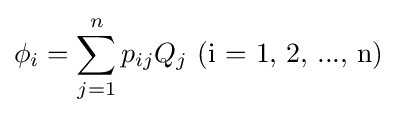
\phi _{i}=\sum _{j=1}^{n}p_{ij}Q_{j}{\mbox{ (i = 1, 2, ..., n)}}